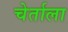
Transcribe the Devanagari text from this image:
चेर्ताला